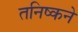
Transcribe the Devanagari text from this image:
तनिष्कने